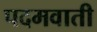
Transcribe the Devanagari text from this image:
पदमवाती